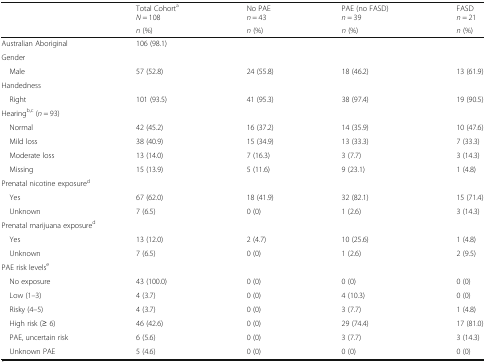
<table><thead><tr><td></td><td><b>Total Cohort<sup>a</sup><i>N</i> = 108</b></td><td><b>No PAE<i>n</i> = 43</b></td><td><b>PAE (no FASD)<i>n</i> = 39</b></td><td><b>FASD<i>n</i> = 21</b></td></tr><tr><td></td><td><b><i>n</i> (%)</b></td><td><b><i>n</i> (%)</b></td><td><b><i>n</i> (%)</b></td><td><b><i>n</i> (%)</b></td></tr></thead><tbody><tr><td>Australian Aboriginal</td><td>106 (98.1)</td><td></td><td></td><td></td></tr><tr><td colspan="5">Gender</td></tr><tr><td> Male</td><td>57 (52.8)</td><td>24 (55.8)</td><td>18 (46.2)</td><td>13 (61.9)</td></tr><tr><td colspan="5">Handedness</td></tr><tr><td> Right</td><td>101 (93.5)</td><td>41 (95.3)</td><td>38 (97.4)</td><td>19 (90.5)</td></tr><tr><td colspan="5">Hearing<sup>b,c</sup> (<i>n</i> = 93)</td></tr><tr><td> Normal</td><td>42 (45.2)</td><td>16 (37.2)</td><td>14 (35.9)</td><td>10 (47.6)</td></tr><tr><td> Mild loss</td><td>38 (40.9)</td><td>15 (34.9)</td><td>13 (33.3)</td><td>7 (33.3)</td></tr><tr><td> Moderate loss</td><td>13 (14.0)</td><td>7 (16.3)</td><td>3 (7.7)</td><td>3 (14.3)</td></tr><tr><td> Missing</td><td>15 (13.9)</td><td>5 (11.6)</td><td>9 (23.1)</td><td>1 (4.8)</td></tr><tr><td colspan="5">Prenatal nicotine exposure<sup>d</sup></td></tr><tr><td> Yes</td><td>67 (62.0)</td><td>18 (41.9)</td><td>32 (82.1)</td><td>15 (71.4)</td></tr><tr><td> Unknown</td><td>7 (6.5)</td><td>0 (0)</td><td>1 (2.6)</td><td>3 (14.3)</td></tr><tr><td colspan="5">Prenatal marijuana exposure<sup>d</sup></td></tr><tr><td> Yes</td><td>13 (12.0)</td><td>2 (4.7)</td><td>10 (25.6)</td><td>1 (4.8)</td></tr><tr><td> Unknown</td><td>7 (6.5)</td><td>0 (0)</td><td>1 (2.6)</td><td>2 (9.5)</td></tr><tr><td colspan="5">PAE risk levels<sup>e</sup></td></tr><tr><td> No exposure</td><td>43 (100.0)</td><td>0 (0)</td><td>0 (0)</td><td>0 (0)</td></tr><tr><td> Low (1–3)</td><td>4 (3.7)</td><td>0 (0)</td><td>4 (10.3)</td><td>0 (0)</td></tr><tr><td> Risky (4–5)</td><td>4 (3.7)</td><td>0 (0)</td><td>3 (7.7)</td><td>1 (4.8)</td></tr><tr><td> High risk (≥ 6)</td><td>46 (42.6)</td><td>0 (0)</td><td>29 (74.4)</td><td>17 (81.0)</td></tr><tr><td> PAE, uncertain risk</td><td>6 (5.6)</td><td>0 (0)</td><td>3 (7.7)</td><td>3 (14.3)</td></tr><tr><td> Unknown PAE</td><td>5 (4.6)</td><td>0 (0)</td><td>0 (0)</td><td>0 (0)</td></tr></tbody></table>